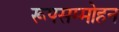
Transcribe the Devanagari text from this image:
रूपसम्मोहन